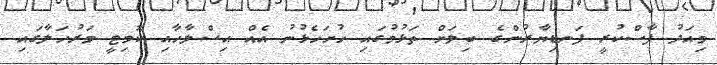
މިއަދު ފާސްކުރީ ފަނޑިޔާރުންގެ ބިލަށް ތަޅުމުގައި ހުށަހެޅުނު އެއް އިސްލާހާއި ކޮމިޓީ މަރުހަލާގައި